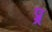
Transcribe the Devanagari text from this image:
प्र्र